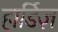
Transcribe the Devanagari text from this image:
हार्डिज़